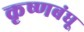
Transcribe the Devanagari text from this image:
कृष्णबंधू